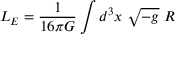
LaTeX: L _ { E } = \frac 1 { 1 6 \pi G } \int d ^ { 3 } x \ \sqrt { - g } \ R